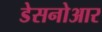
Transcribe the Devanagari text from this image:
डेसनोआर